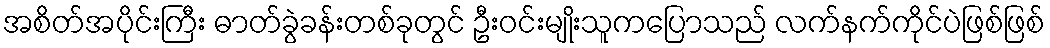
အစိတ်အပိုင်းကြီး ဓာတ်ခွဲခန်းတစ်ခုတွင် ဦးဝင်းမျိုးသူကပြောသည် လက်နက်ကိုင်ပဲဖြစ်ဖြစ်